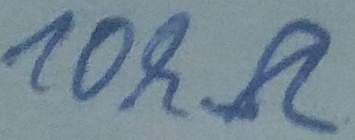
Text: 10kΩ